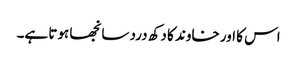
اس کا اور خاوند کا دکھ درد سانجھا ہوتا ہے۔